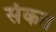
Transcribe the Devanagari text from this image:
संकत